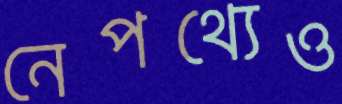
নেপথ্যেও